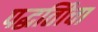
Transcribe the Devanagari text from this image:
पद्धतिीचा